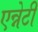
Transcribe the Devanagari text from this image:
एन्नेटी